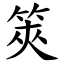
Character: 筴